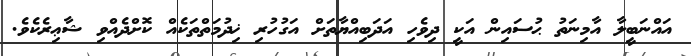
އައްނަބީލާ އާމިނަތު ޙުސައިން އަކީ ދިވެހި އަދަބިއްޔާތަށް އަގުހުރި ޚިދުމަތްތަކެއް ކޮށްދެއްވި ޝާޢިރެކެވެ.